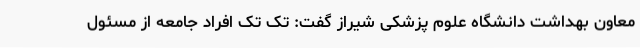
معاون بهداشت دانشگاه علوم پزشکی شیراز گفت: تک تک افراد جامعه از مسئول